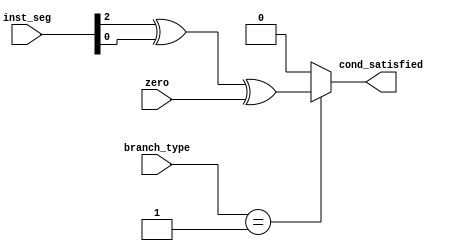
module branch_cond_check (
    input [1:0] branch_type,
    input [2:0] inst_seg,
    input zero,
    output cond_satisfied
);

    reg cond_satisfied;

    always @(*) begin
        if(branch_type == 2'b01) begin
            cond_satisfied = inst_seg[2] ^ inst_seg[0] ^ zero; // for conditional-branch instructions.
        end
        else begin
            cond_satisfied = 1'b0; // deasserting for non conditional-branch instructions.
        end
    end
    
endmodule